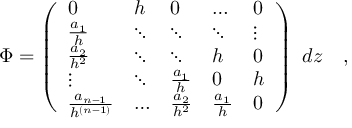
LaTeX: \Phi = \left( \begin{array} { l l l l l } { { 0 } } & { { h } } & { { 0 } } & { { \ldots } } & { { 0 } } \\ { { { \frac { a _ { 1 } } { h } } } } & { { \ddots } } & { { \ddots } } & { { \ddots } } & { { \vdots } } \\ { { { \frac { a _ { 2 } } { h ^ { 2 } } } } } & { { \ddots } } & { { \ddots } } & { { h } } & { { 0 } } \\ { { \vdots } } & { { \ddots } } & { { { \frac { a _ { 1 } } { h } } } } & { { 0 } } & { { h } } \\ { { { \frac { a _ { n - 1 } } { h ^ { ( n - 1 ) } } } } } & { { \ldots } } & { { { \frac { a _ { 2 } } { h ^ { 2 } } } } } & { { { \frac { a _ { 1 } } { h } } } } & { { 0 } } \end{array} \right) ~ d z \quad ,